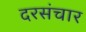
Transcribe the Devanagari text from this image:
दरसंचार